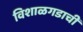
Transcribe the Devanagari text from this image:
विशाळगडाची